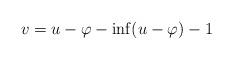
LaTeX: \begin{align*}v = u-\varphi-\inf (u-\varphi) - 1\end{align*}